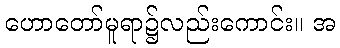
ဟောတော်မူရာ၌လည်းကောင်း။ အ